system: You are a helpful assistant.
user:
Analyze the provided spectrum to determine if it is a **M-type Giant (gM)**.

A M-type Giant spectrum is defined by its **strong molecular absorption** features, particularly from **Titanium Oxide (TiO)**. You must check for one of the following mutually exclusive signatures:

- **Key Visual Indicators (Absorption-Dominated Spectrum):**

    - **(Primary):** The spectrum is dominated by strong molecular absorption from **Titanium Oxide (TiO)**. This is the **defining feature** of its M-type temperature class.
        - **(Key Bandheads):** Look for sharp, "saw-tooth" absorption valleys. The strongest are located near **~7050 Å**, **~6160 Å**, and **~5170 Å**.
        - **(Line Profile):** The "saw-tooth" morphology is critical: a **sharp, steep drop on the BLUE (short-wavelength) side** of the bandhead, followed by a gradual recovery (rising flux) towards the RED (long-wavelength) side.

    - **(Key Confirmation - Giant vs. Dwarf):** **ABSENCE** of strong **Calcium Hydride (CaH)** molecular bands. This is the primary diagnostic for *excluding* M-dwarfs.
        - **(Key Region):** The spectrum should lack the strong, broad absorption band seen in dwarfs between **~6800 Å and ~7000 Å**.

    - **(Secondary Confirmation - Giant):** A very strong and broad **Neutral Calcium (Ca I)** atomic absorption line.
        - **(Key Line):** Located at **~4226 Å**. In a giant (gM), this line is significantly deeper and broader than the same line in an M-dwarf (dM) due to low surface gravity.

    - **(Overall Spectrum):**
        - The continuum is **extremely red-sloping** (i.e., flux is very low in the blue and rises dramatically towards the red).
        - The entire spectrum appears "chopped up" by the deep TiO bands.

Think first, call **spectral_visualization_tool** if needed to examine features in detail, then provide your final answer. Your response must adhere to the following strict rules:
1.  **Overall Structure:** Your response must follow the format `<think>...</think> <tool_call>...</tool_call> (if a tool is used) <answer>...</answer>`.
2.  **Tool Usage Constraint:** You may only make **one** tool call per turn.
3.  **Final Answer Format:** In the `<answer>` tag, your conclusion must be inside a `\boxed{}` command (e.g., `\boxed{YES}` or `\boxed{NO}`), followed by your justification.

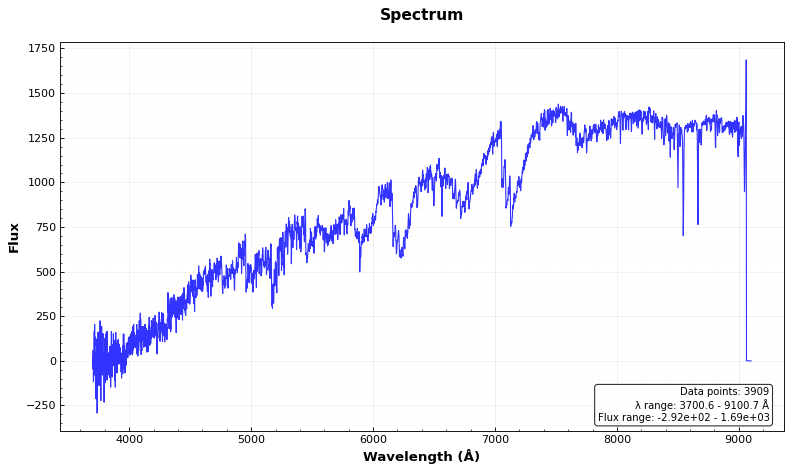
Answer: YES